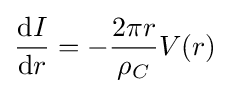
{\frac {\mathrm {d} I}{\mathrm {d} r}}=-{\frac {2\pi r}{\rho _{C}}}V(r)